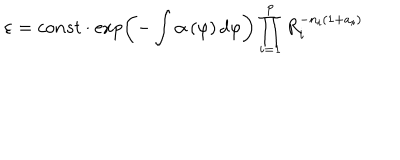
\varepsilon = c o n s t \cdot \exp \left( - \int \alpha \left( \varphi \right) d \varphi \right) \prod _ { i = 1 } ^ { p } R _ { i } ^ { - n _ { i } ( 1 + a _ { i } ) }